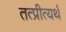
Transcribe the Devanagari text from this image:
तत्प्रीत्यर्थ